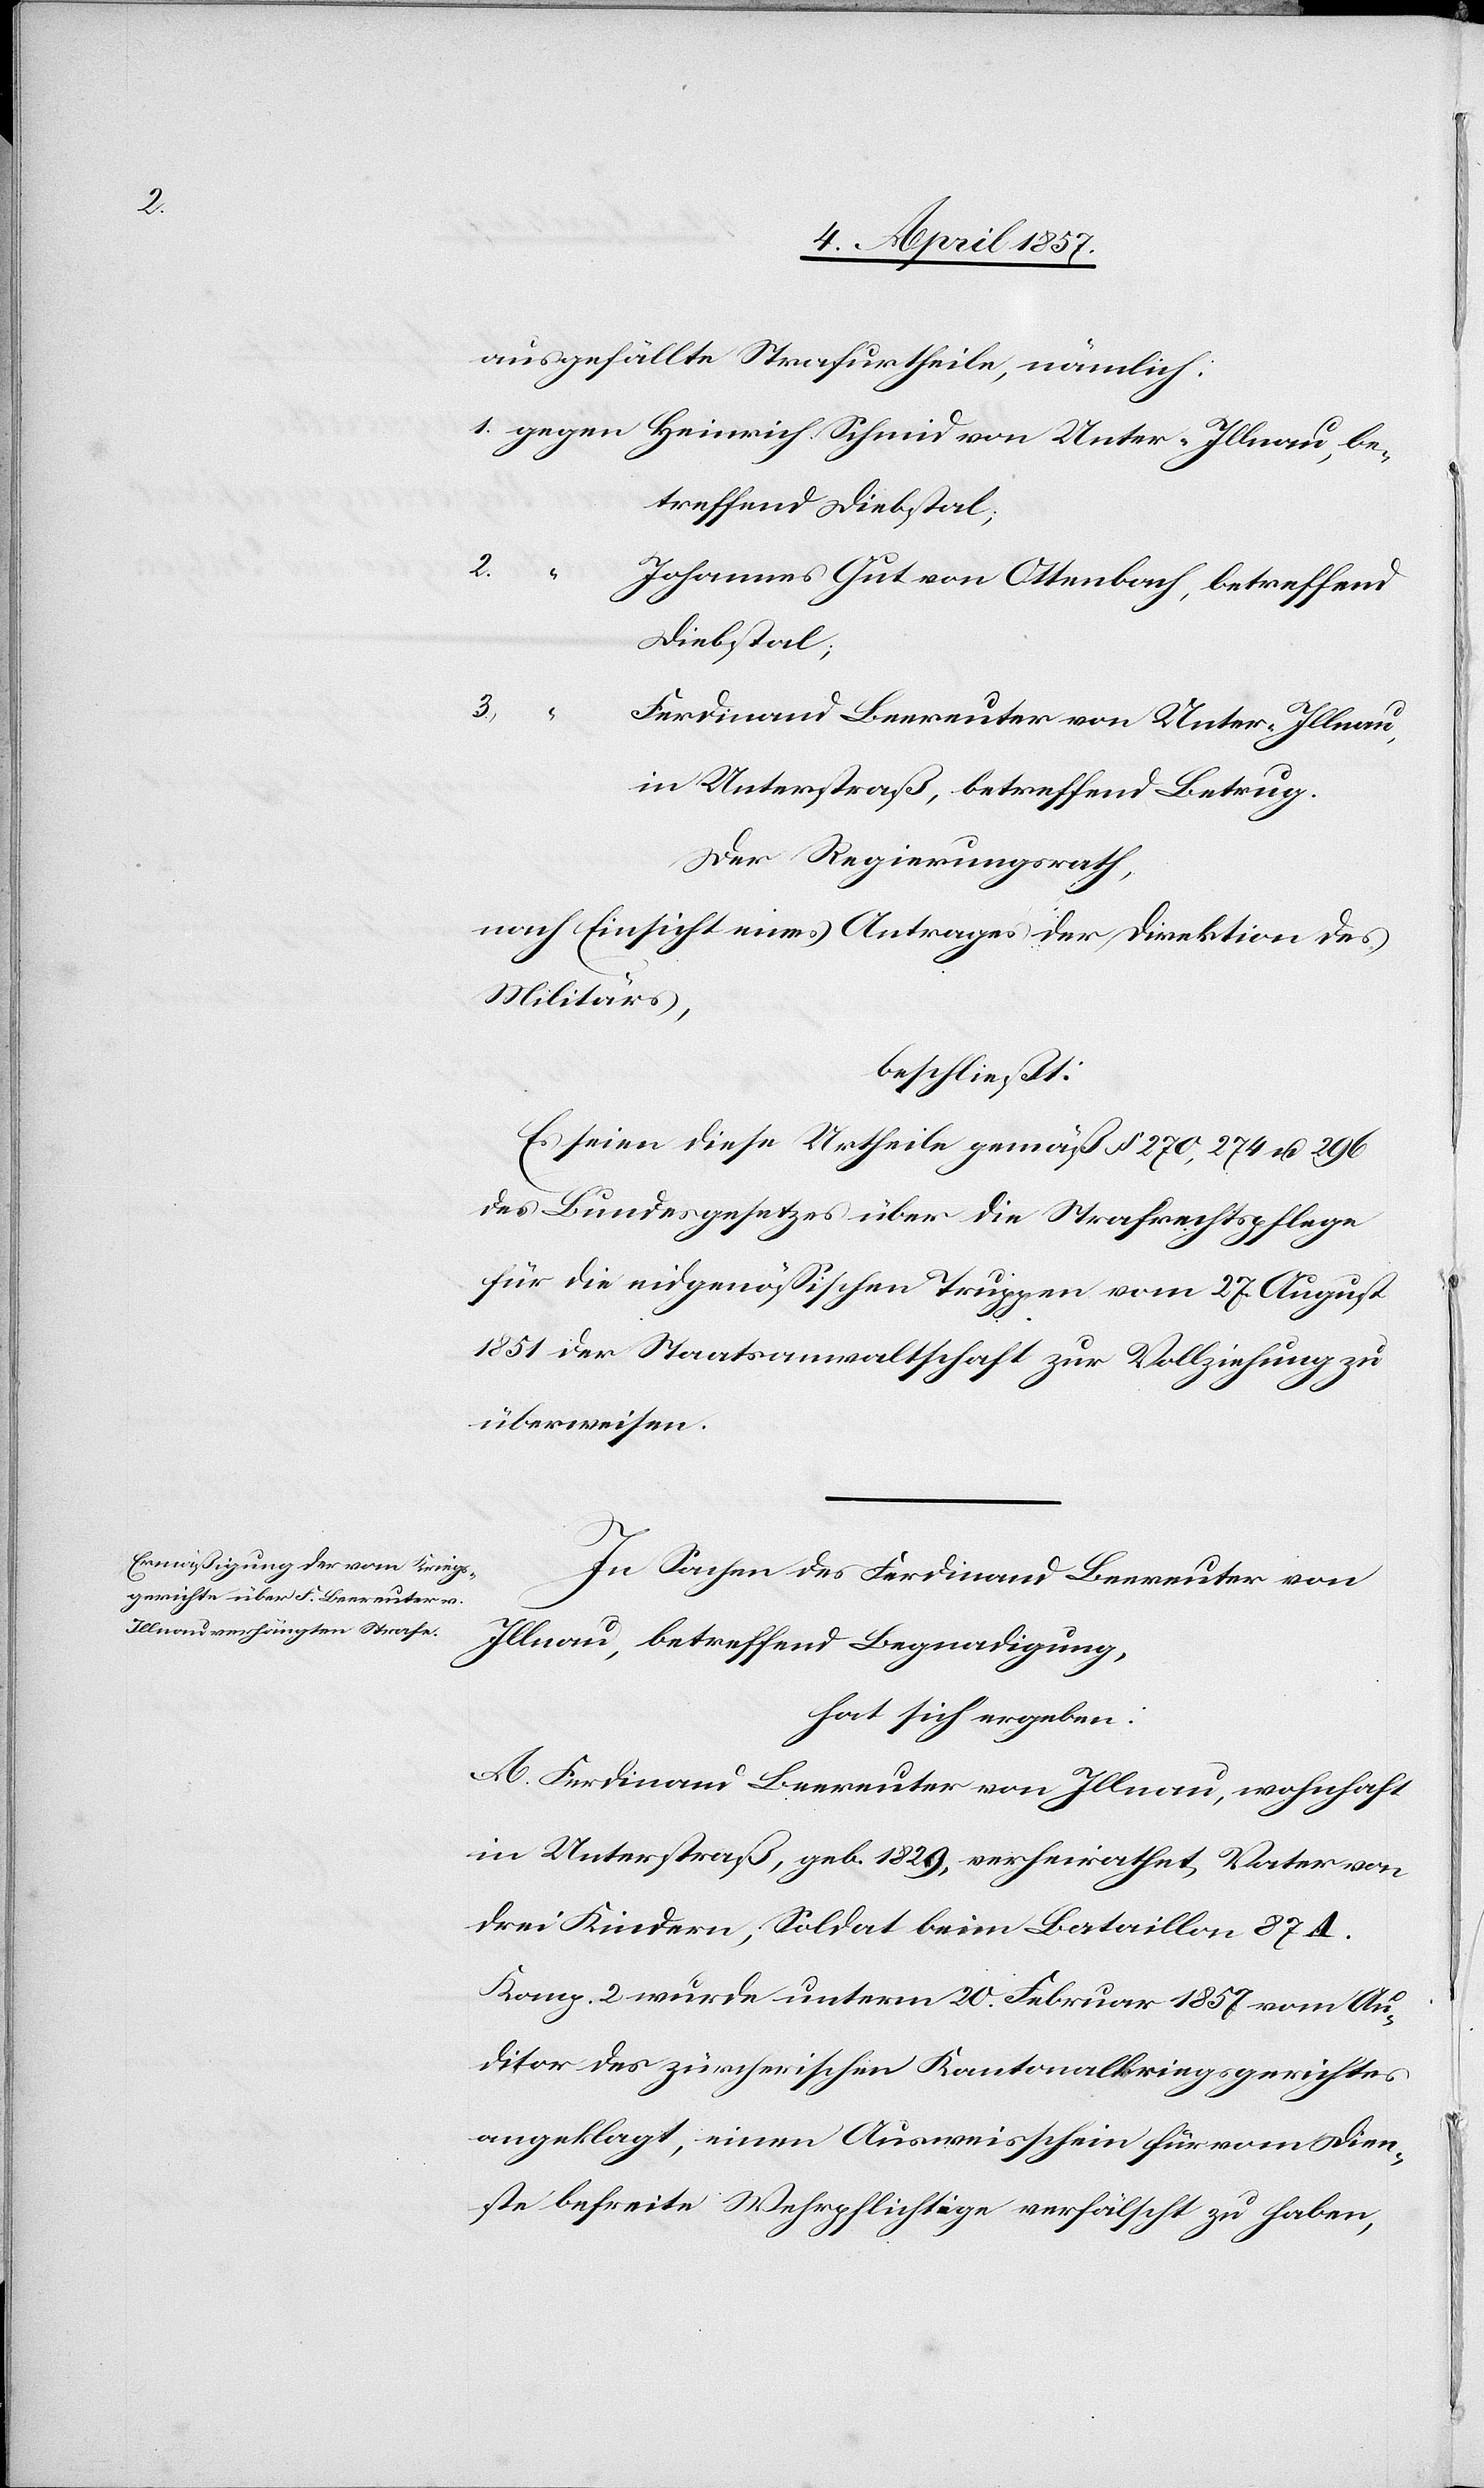
1.

ausgefällte Strafurtheile, nämlich:
betreffend Diebstal;
2.
Johannes Gut von Ottenbach, betreffend
Diebstal;
3.
Ferdinand Beereuter von Unter-Illnau,
in Unterstraß, betreffend Betrug.
Der Regierungsrath,
nach Einsicht eines Antrages der Direktion des
Militärs,
beschließt:
Es seien diese Urtheile gemäß § 270, 274 u. 296
des Bundesgesetzes über die Strafrechtspflege
für die eidgenössischen Truppen vom 27. August
1851 der Staatsanwaltschaft zur Vollziehung zu
überweisen.
In Sachen des Ferdinand Beereuter von
Illnau, betreffend Begnadigung,
hat sich ergeben:
A. Ferdinand Beereuter von Illnau, wohnhaft
in Unterstraß, geb. 1829, verheirathet, Vater von
drei Kindern, Soldat beim Bataillon 87. A.
Komp. 2 wurde unterm 20. Februar 1857 vom Au¬
ditor des zürcherischen Kantonalkriegsgerichtes
angeklagt, einen Ausweisschein für vom Dien¬
ste befreite Wehrpflichtige verfälscht zu haben,